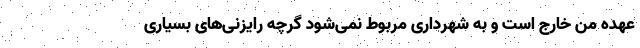
عهده من خارج است و به شهرداری مربوط نمی‌شود گرچه رایزنی‌های بسیاری